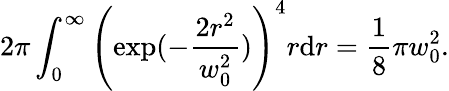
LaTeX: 2\pi\int_{0}^{\infty}\left(\exp(-\frac{2r^{2}}{w_{0}^{2}})\right)^{4}r\mathrm{d}r=\frac{1}{8}\pi w_{0}^{2}.